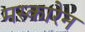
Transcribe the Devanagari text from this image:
मस्कारेन